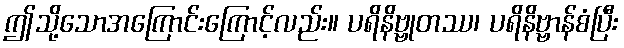
ဤသို့သောအကြောင်းကြောင့်လည်း။ ပရိနိဗ္ဗုတဿ၊ ပရိနိဗ္ဗာန်စံပြီး